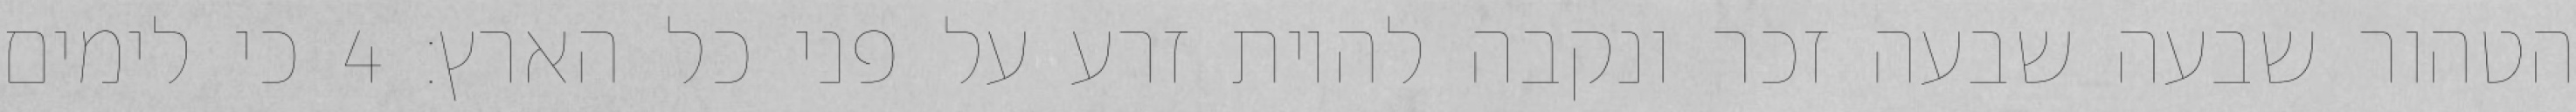
הטהור שבעה שבעה זכר ונקבה להיות זרע על פני כל הארץ׃ ‎4‏ כי לימים